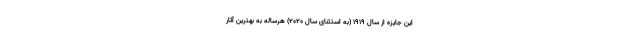
این جایزه از سال ۱۹۱۹ (به استثنای سال ۲۰۲۰) هرساله به بهترین آثار